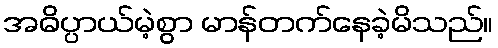
အဓိပ္ပာယ်မဲ့စွာ မာန်တက်နေခဲ့မိသည်။